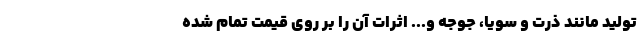
تولید مانند ذرت و سویا، جوجه و... اثرات آن را بر روی قیمت تمام شده